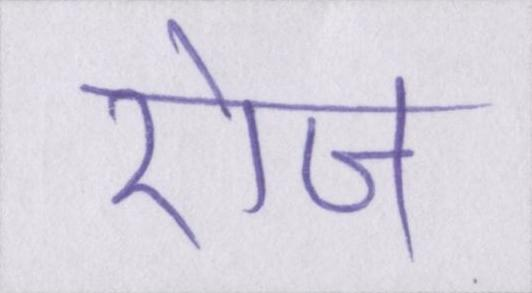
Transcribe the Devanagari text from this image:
रोज